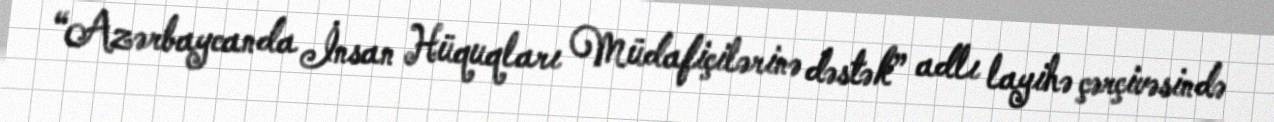
“Azərbaycanda İnsan Hüquqları Müdafiçilərinə dəstək” adlı layihə çərçivəsində